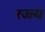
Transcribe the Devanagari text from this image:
रज्ज्य